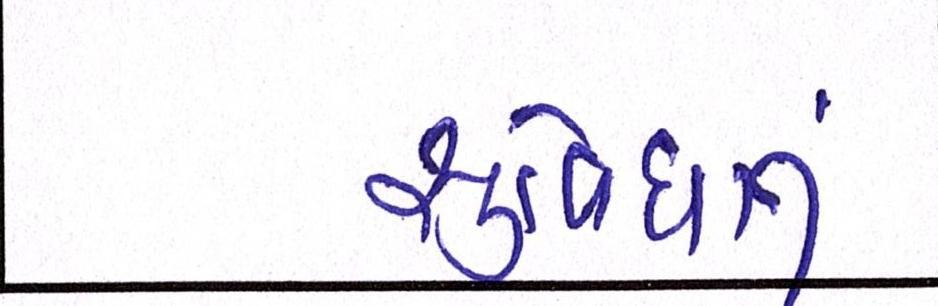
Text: સુવિધાનુ